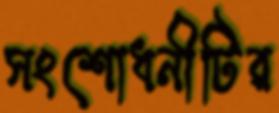
সংশোধনীটির